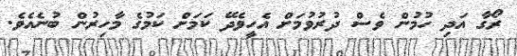
ރޯގާ އަދި ހުމުން ވެސް ދުރުވުމަށް އެހީވެދޭ ކަމަށް ކަމުގެ މާހިރުން ބުނެއެވެ.